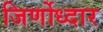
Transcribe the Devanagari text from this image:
जिर्णोध्दार